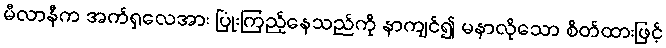
မီလာနီက အက်ရှလေအား ပြုံးကြည့်နေသည်ကို နာကျင်၍ မနာလိုသော စိတ်ထားဖြင့်